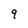
Character: 9